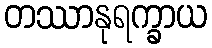
တဿာနုရက္ခာယ